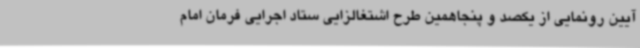
آیین رونمایی از یکصد و پنجاهمین طرح اشتغالزایی ستاد اجرایی فرمان امام